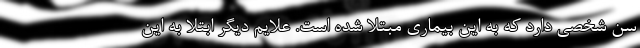
سن شخصی دارد که به این بیماری مبتلا شده است. علایم دیگر ابتلا به این